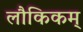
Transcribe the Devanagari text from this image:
लौकिकम्